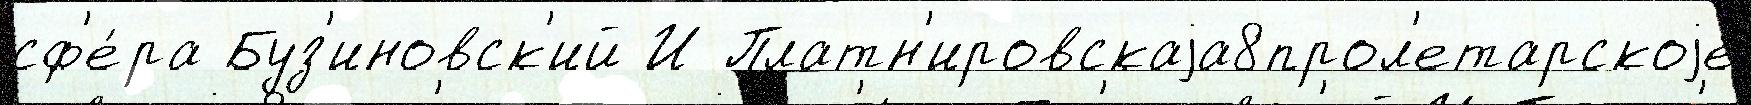
сф'е́ра Буз'иновск'ий И Платн'ировскаjа8прол'етарскоjе